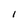
Character: l